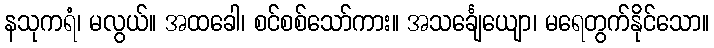
နသုကရံ၊ မလွယ်။ အထခေါ၊ စင်စစ်သော်ကား။ အသင်္ချေယျော၊ မရေတွက်နိုင်သော။